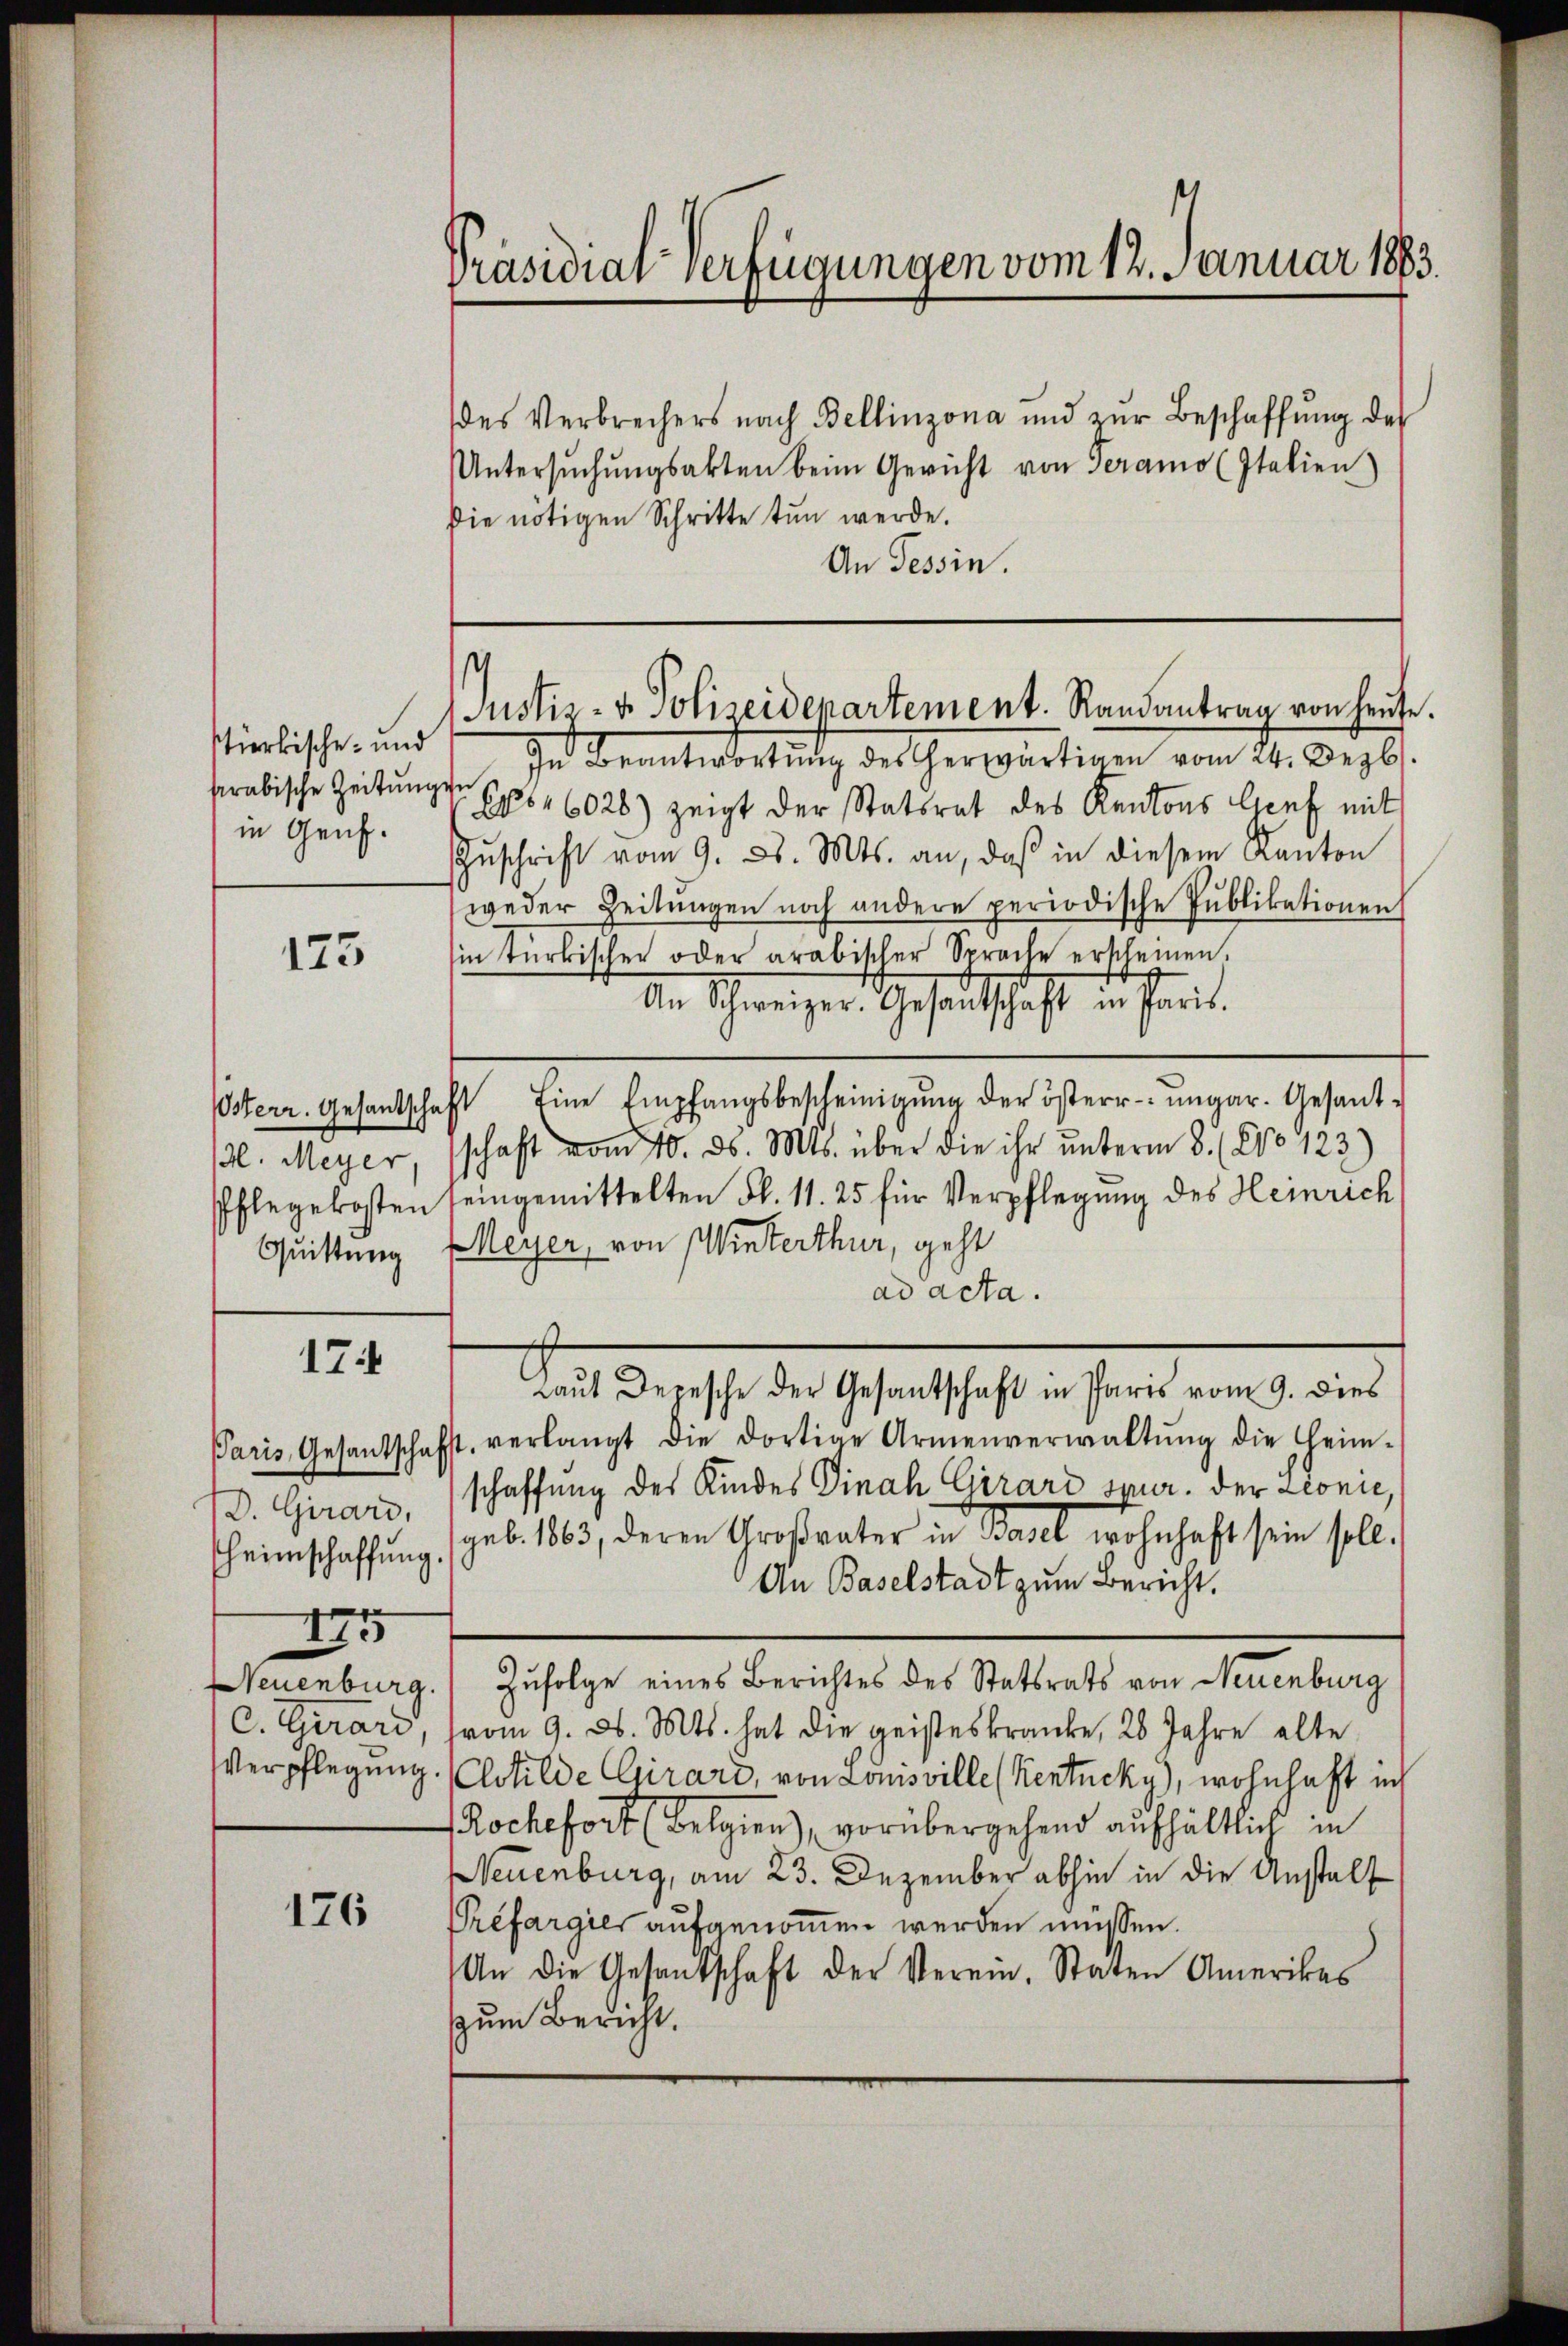
stierkische- und
serabische Zeitungen
in Genf.

123

174

D. Girard,
175

176

In Beantwortung des herartigen vom 24. Dezbr.
E1646028) zeigt der Statsrat des Kantons Graf mit
Zŭschrift vom 9. d. Mts. an, daß in diesem Kanton
weder Zeitungen noch andere periodische Publikationen
in türkischen oder arabischer Sprache erkleinen.
Ain Schweiger Gesandtschaft in Paris.
sterr. Gesandschaft Eine Empfangsbescheinigŭng der österrŭngar. Gesant-
M. Meyer, schaft vom 10. ds. Mts. über die ihr ŭnterm 8. (2o 123)
Pflegekosten seingemittelten Fr. 11. 25 für Verpflegung des Heinrich
Quittung Meyer, von Winterthur, geht
ad acta.
Laut Depesche der Gesantschaft in Paris vom 9. dies
Paris, Gesandschaft, verlangt die dortige Armenverwaltŭng die Heim-
schaffung des Kindes Dinah Girard spur. der Leonić,
heimschaffŭng (geb. 1863, deren Großvater in Basel wohnhaft sein soll.
An Baselstadt zum Bericht.
Neuenburg. Zufolge eines Berichtes des Statsrats von Neuenburg
C. Girard, vom 9. d. Mts. hat die geisteskranke, 20 Jahre alte
Verpflegung. (Chtilde Girard, von Lomsville (Kentncky), wohnhaft ich
Roche fort (Belgien), vorübergehend aufhältlich in
NNeuenburg, am 23. Dezember abhin in die Anstalt
Prefargies aufgenom̅en werden müssen.
An die Gesandschaft der Verein. Statten Amerikas
zum Bericht.

Präsidialverfügungen vom 12. Januar 1883.

des Verbrechers nach Bellinzona und zŭr Beschaffŭng des
Untersŭchŭngsakten beim Gericht von Teramo (Italien)
die nötigen Schritte tun werde.
An Tessin.

1
Justiz- & Polizeidepartement. Randantrag von heute.